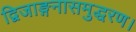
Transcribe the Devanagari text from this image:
द्विजाङ्गनासमुद्धरण।